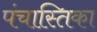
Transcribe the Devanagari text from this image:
पंचास्तिका